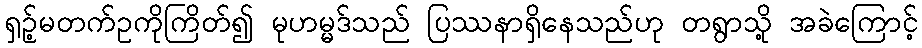
ရှဉ့်မတက်ဥကိုကြိတ်၍ မုဟမ္မဒ်သည် ပြဿနာရှိနေသည်ဟု တရွာသို့ အခဲကြောင့်